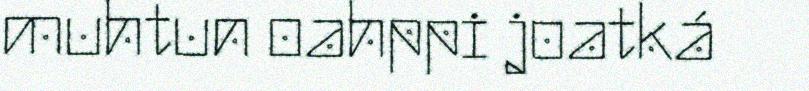
muhtun oahppi joatká